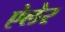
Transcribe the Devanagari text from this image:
ऐलेर